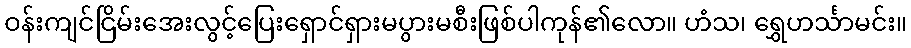
ဝန်းကျင်ငြိမ်းအေးလွင့်ပြေးရှောင်ရှားမပွားမစီးဖြစ်ပါကုန်၏လော။ ဟံသ၊ ရွှေဟင်္သာမင်း။